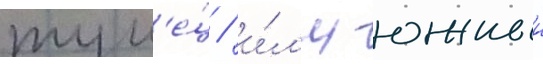
тун'е́ц / и́л'и южныи